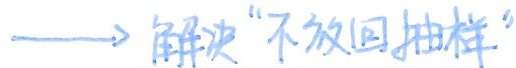
$\longrightarrow$ 解决“不放回抽样”